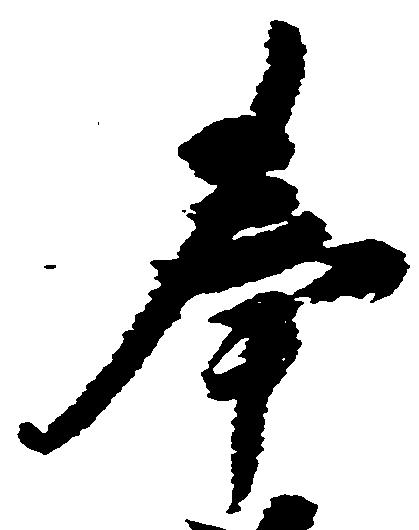
奉